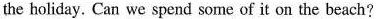
the holiday. Can we spend some of it on the beach?